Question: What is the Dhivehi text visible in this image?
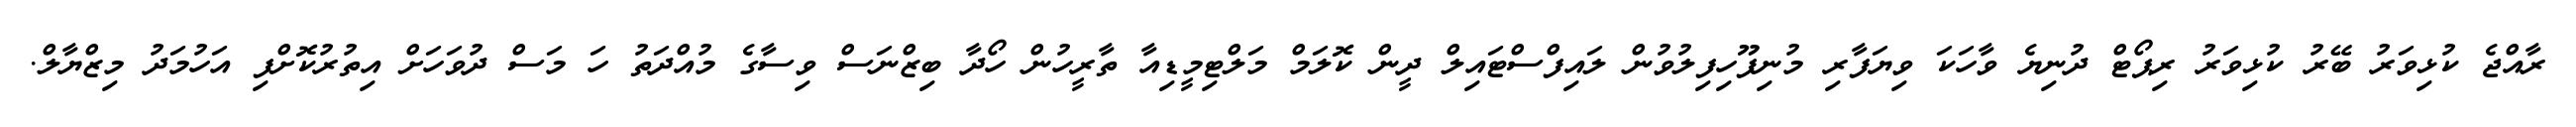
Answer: ރާއްޖެ ކުޅިވަރު ބޭރު ކުޅިވަރު ރިޕޯޓް ދުނިޔެ ވާހަކަ ވިޔަފާރި މުނިފޫހިފިލުވުން ލައިފްސްޓައިލް ދީން ކޮލަމް މަލްޓިމީޑިއާ ތާރީހުން ހޯދާ ބިޒްނަސް ވިސާގެ މުއްދަތު ހަ މަސް ދުވަހަށް އިތުރުކޮށްފި އަހުމަދު މިޒްޔާލް.